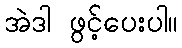
အဲဒါ ဖွင့်ပေးပါ။